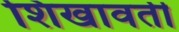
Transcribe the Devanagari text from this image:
शिखावती